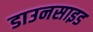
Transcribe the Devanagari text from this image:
डाउनसाइड